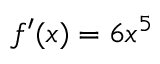
f ^ { \prime } ( x ) = 6 x ^ { 5 }